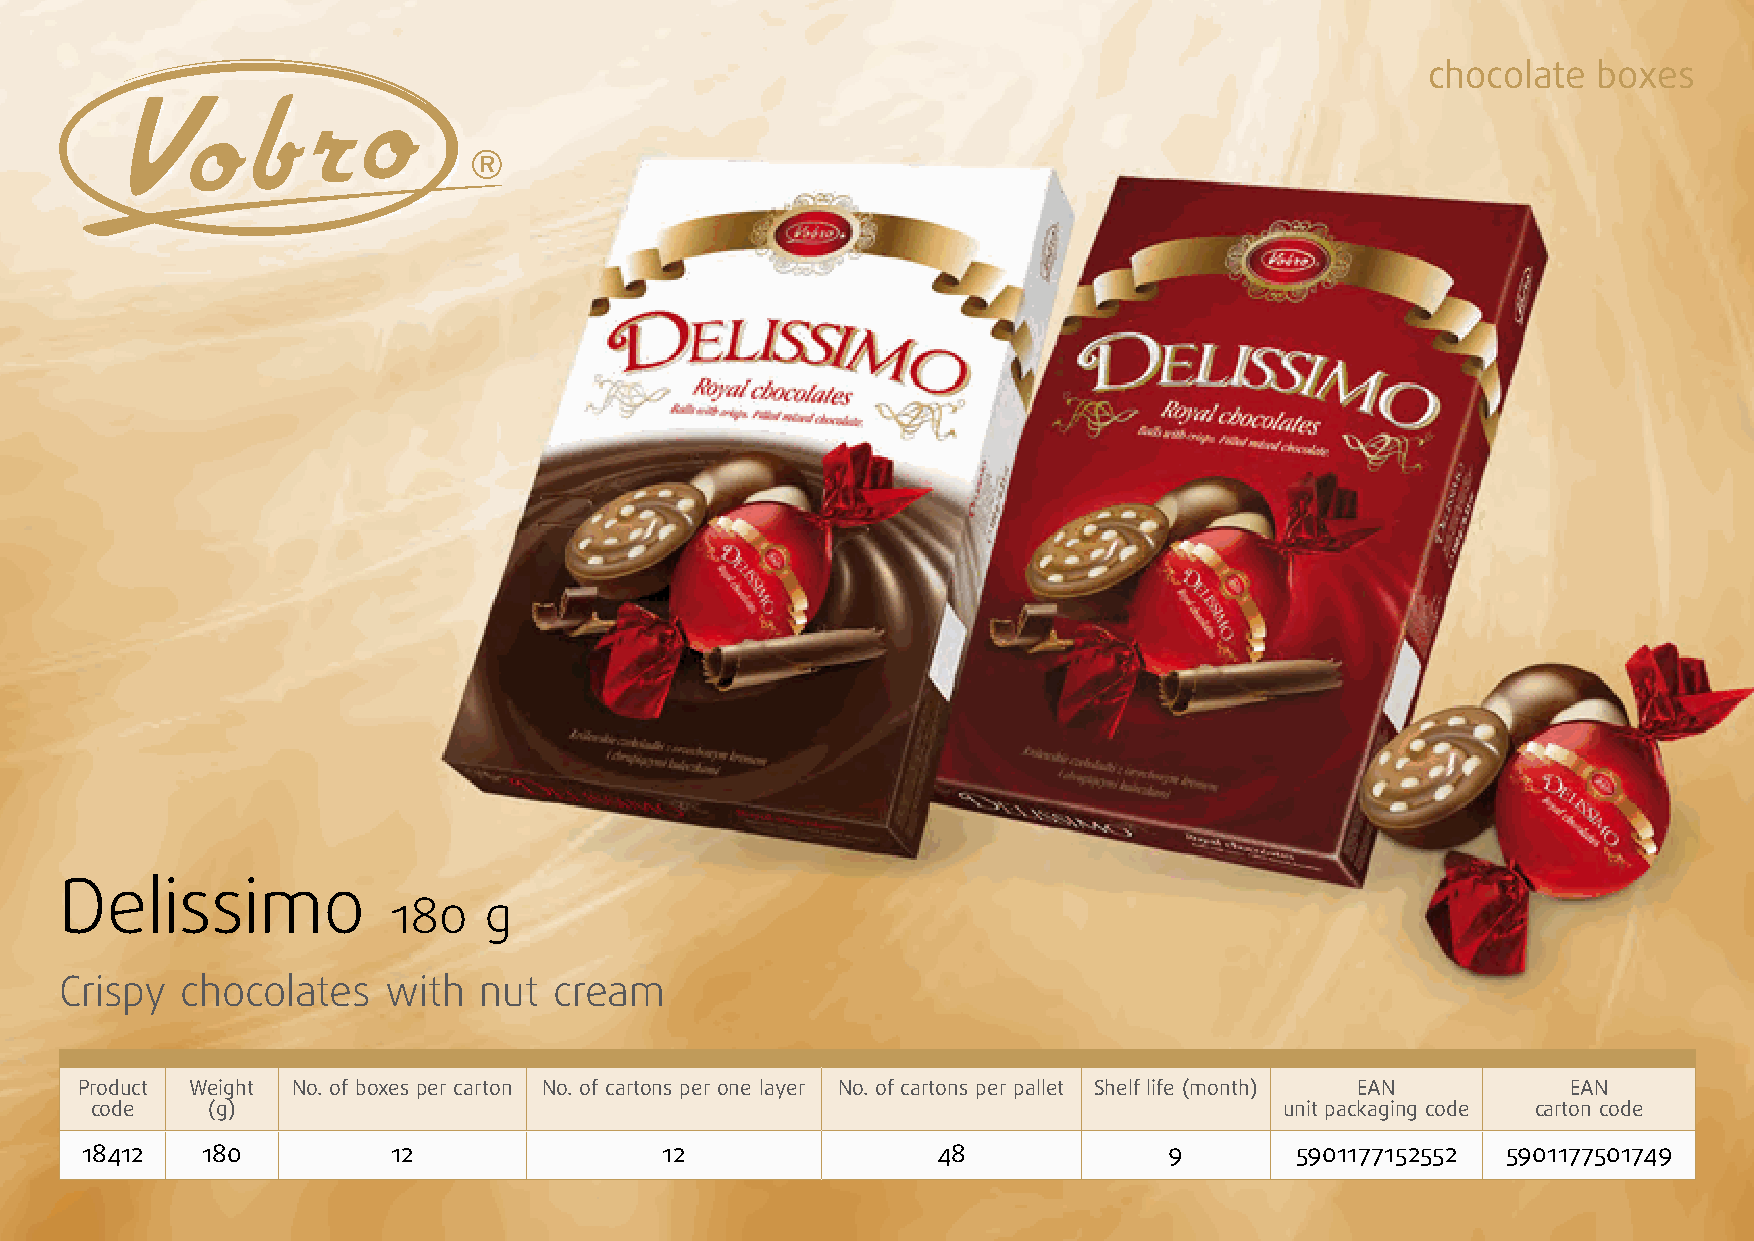
chocolate  boxes
 Delissimo
 180   g
 Crispy  chocolates    with  nut  cream
 Product Weight No. of boxes per carton No. of cartons per one layer No. of cartons per pallet Shelf life (month) EAN EAN
 code    (g)                                                                    unit packaging code carton code
 18412   180          12                12                48             9        5901177152552 5901177501749